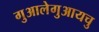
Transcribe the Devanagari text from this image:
गुआलेगुआयचु